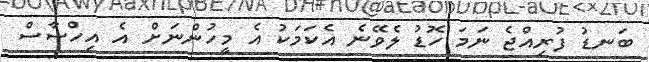
ބަނޑު ފުރިއްޖެ ނަމަ ހޮޑު ލެވޭނެ އެކަމަކު އެ މީހުންނަށް އެ އިހްސާސް